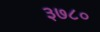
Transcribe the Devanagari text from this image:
३७८०